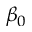
\beta _ { 0 }